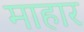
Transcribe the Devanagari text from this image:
माहार